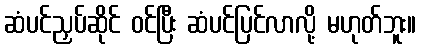
ဆံပင်ညှပ်ဆိုင် ဝင်ပြီး ဆံပင်ပြင်လာလို့ မဟုတ်ဘူး။